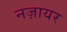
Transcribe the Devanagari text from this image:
नज़ायर